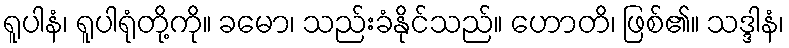
ရူပါနံ၊ ရူပါရုံတို့ကို။ ခမော၊ သည်းခံနိုင်သည်။ ဟောတိ၊ ဖြစ်၏။ သဒ္ဒါနံ၊